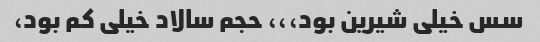
سس خیلی شیرین بود،،، حجم سالاد خیلی کم بود،